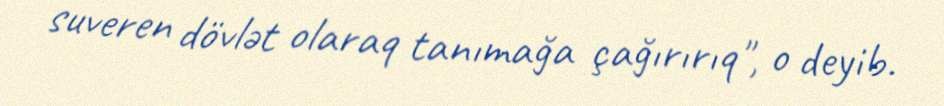
suveren dövlət olaraq tanımağa çağırırıq", o deyib.